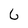
Character: 6